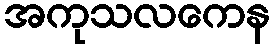
အကုသလကေန